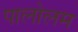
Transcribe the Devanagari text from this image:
पालोलम